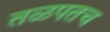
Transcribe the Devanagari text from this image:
तळपतच